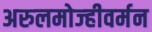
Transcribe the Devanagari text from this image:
अरुलमोज्हीवर्मन